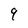
Character: 9